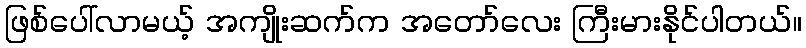
ဖြစ်ပေါ်လာမယ့် အကျိုးဆက်က အတော်လေး ကြီးမားနိုင်ပါတယ်။